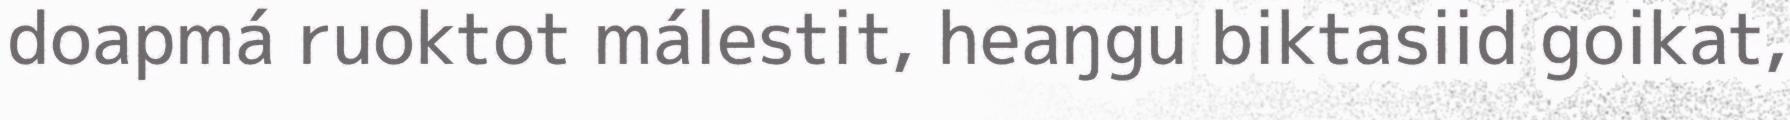
doapmá ruoktot málestit, heaŋgu biktasiid goikat,